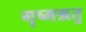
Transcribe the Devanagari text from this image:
गृष्‍मऋतु